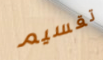
تقسيم